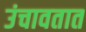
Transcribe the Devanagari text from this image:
उंचावतात